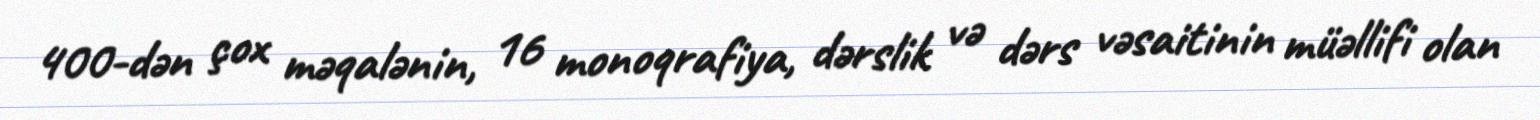
400-dən çox məqalənin, 16 monoqrafiya, dərslik və dərs vəsaitinin müəllifi olan